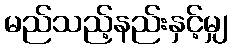
မည်သည့်နည်းနှင့်မျှ